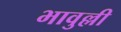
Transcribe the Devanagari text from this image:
भावुल्ली